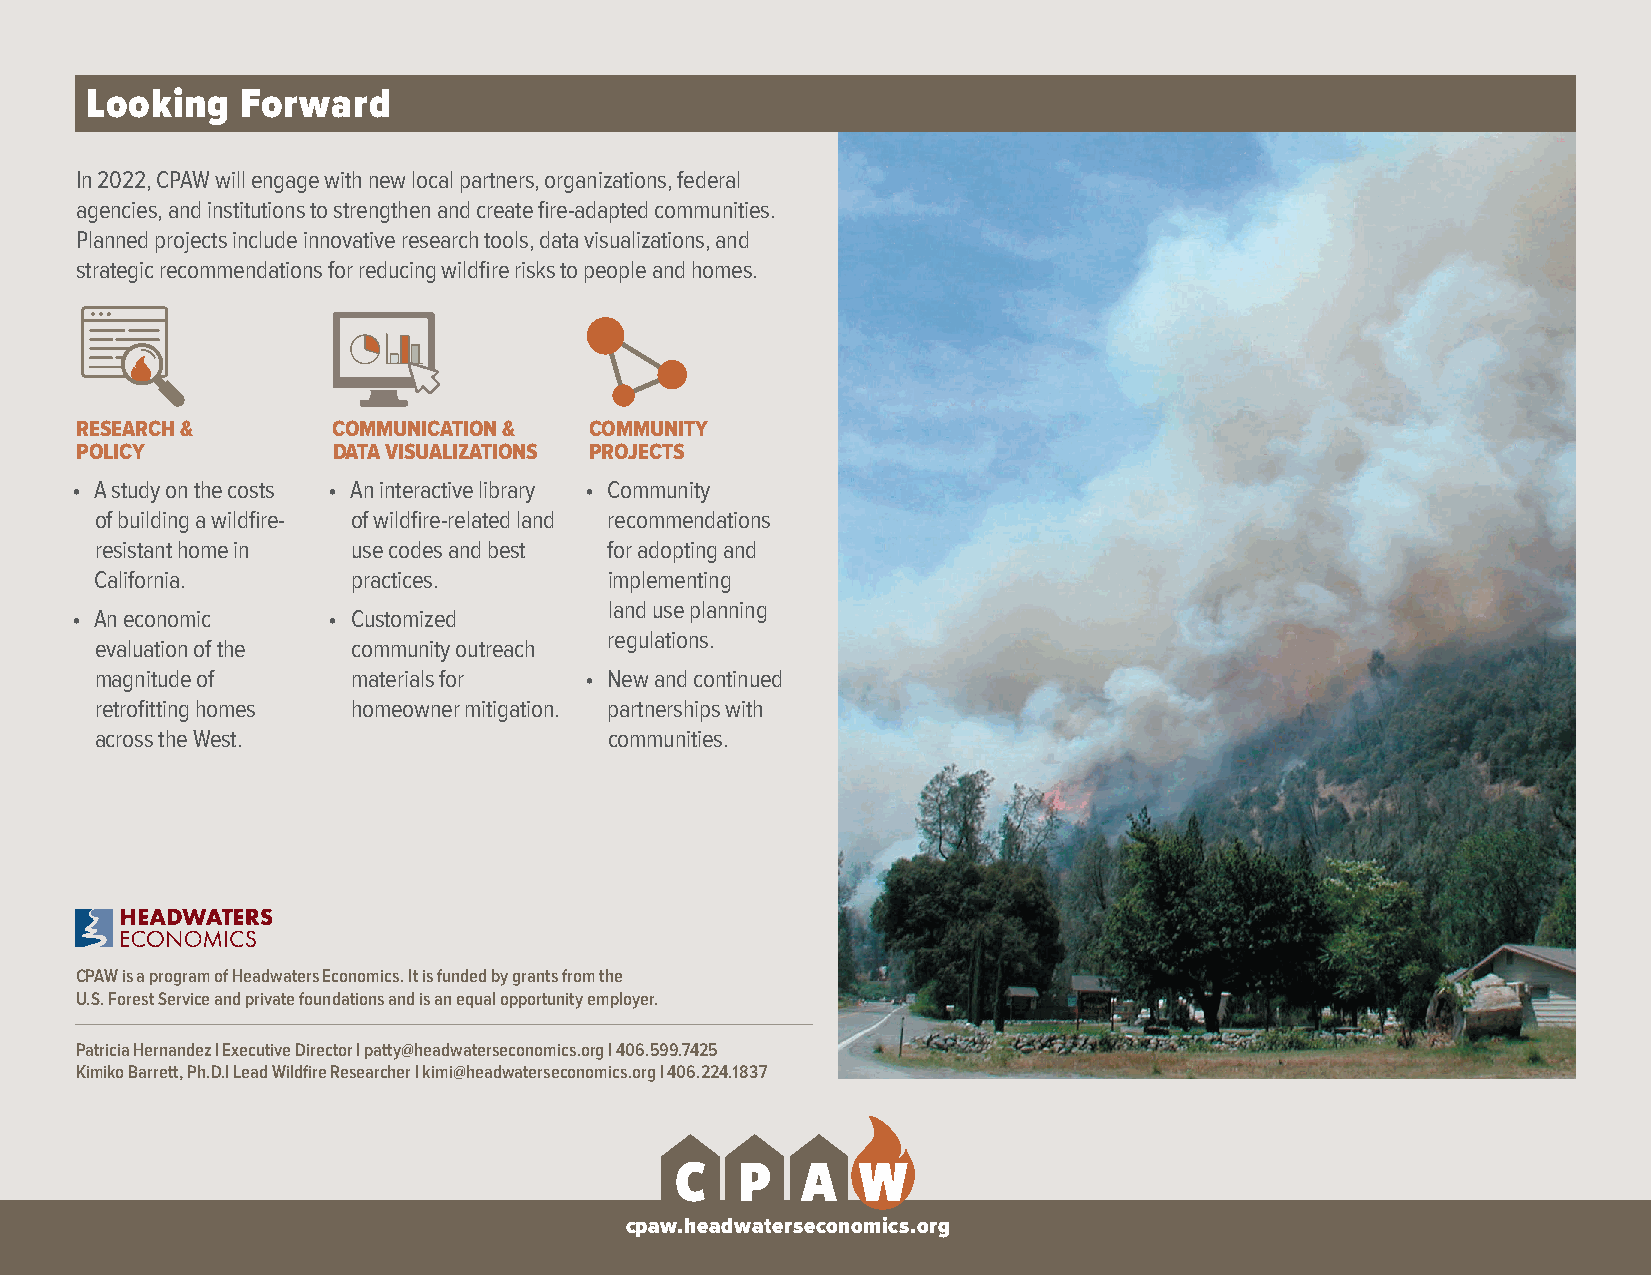
Looking   Forward
 In 2022, CPAW will engage with new local partners, organizations, federal
 agencies, and institutions to strengthen and create fire-adapted communities.
 Planned projects include innovative research tools, data visualizations, and
 strategic recommendations for reducing wildfire risks to people and homes.
 RESEARCH &       COMMUNICATION &  COMMUNITY
 POLICY           DATA VISUALIZATIONS PROJECTS
 • A study on the costs • An interactive library • Community
 of building a wildfire- of wildfire-related land recommendations
 resistant home in use codes and best for adopting and
 California.      practices.       implementing
 land use planning
 • An economic    • Customized
 regulations.
 evaluation of the community outreach
 magnitude of     materials for   • New and continued
 retrofitting homes homeowner mitigation. partnerships with
 across the West.                  communities.
 CPAW is a program of Headwaters Economics. It is funded by grants from the
 U.S. Forest Service and private foundations and is an equal opportunity employer.
 Patricia Hernandez | Executive Director | patty@headwaterseconomics.org | 406.599.7425
 Kimiko Barrett, Ph.D.| Lead Wildfire Researcher | kimi@headwaterseconomics.org | 406.224.1837
 cpaw.headwaterseconomics.org